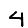
Digit: 4